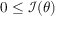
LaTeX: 0 \leq { \mathcal { I } } ( \theta )